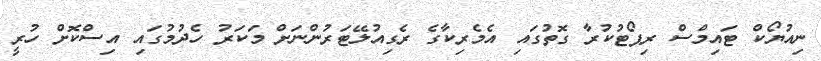
ނިއުޔޯކް ޓައިމްސް ރިޕޯޓުކުރާ ގޮތުގައި އެމެރިކާގެ ރެގިއުލޭޓަރުންނަށް މަކަރު ހެދުމުގައި އިސްކޮށް ހުރީ